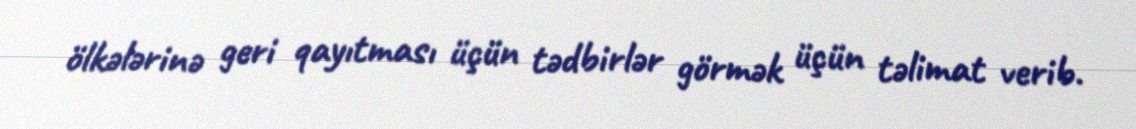
ölkələrinə geri qayıtması üçün tədbirlər görmək üçün təlimat verib.